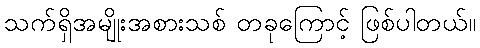
သက်ရှိအမျိုးအစားသစ် တခုကြောင့် ဖြစ်ပါတယ်။